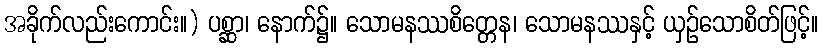
အခိုက်လည်းကောင်း။) ပစ္ဆာ၊ နောက်၌။ သောမနဿစိတ္တေန၊ သောမနဿနှင့် ယှဉ်သောစိတ်ဖြင့်။